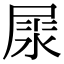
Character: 𡲘